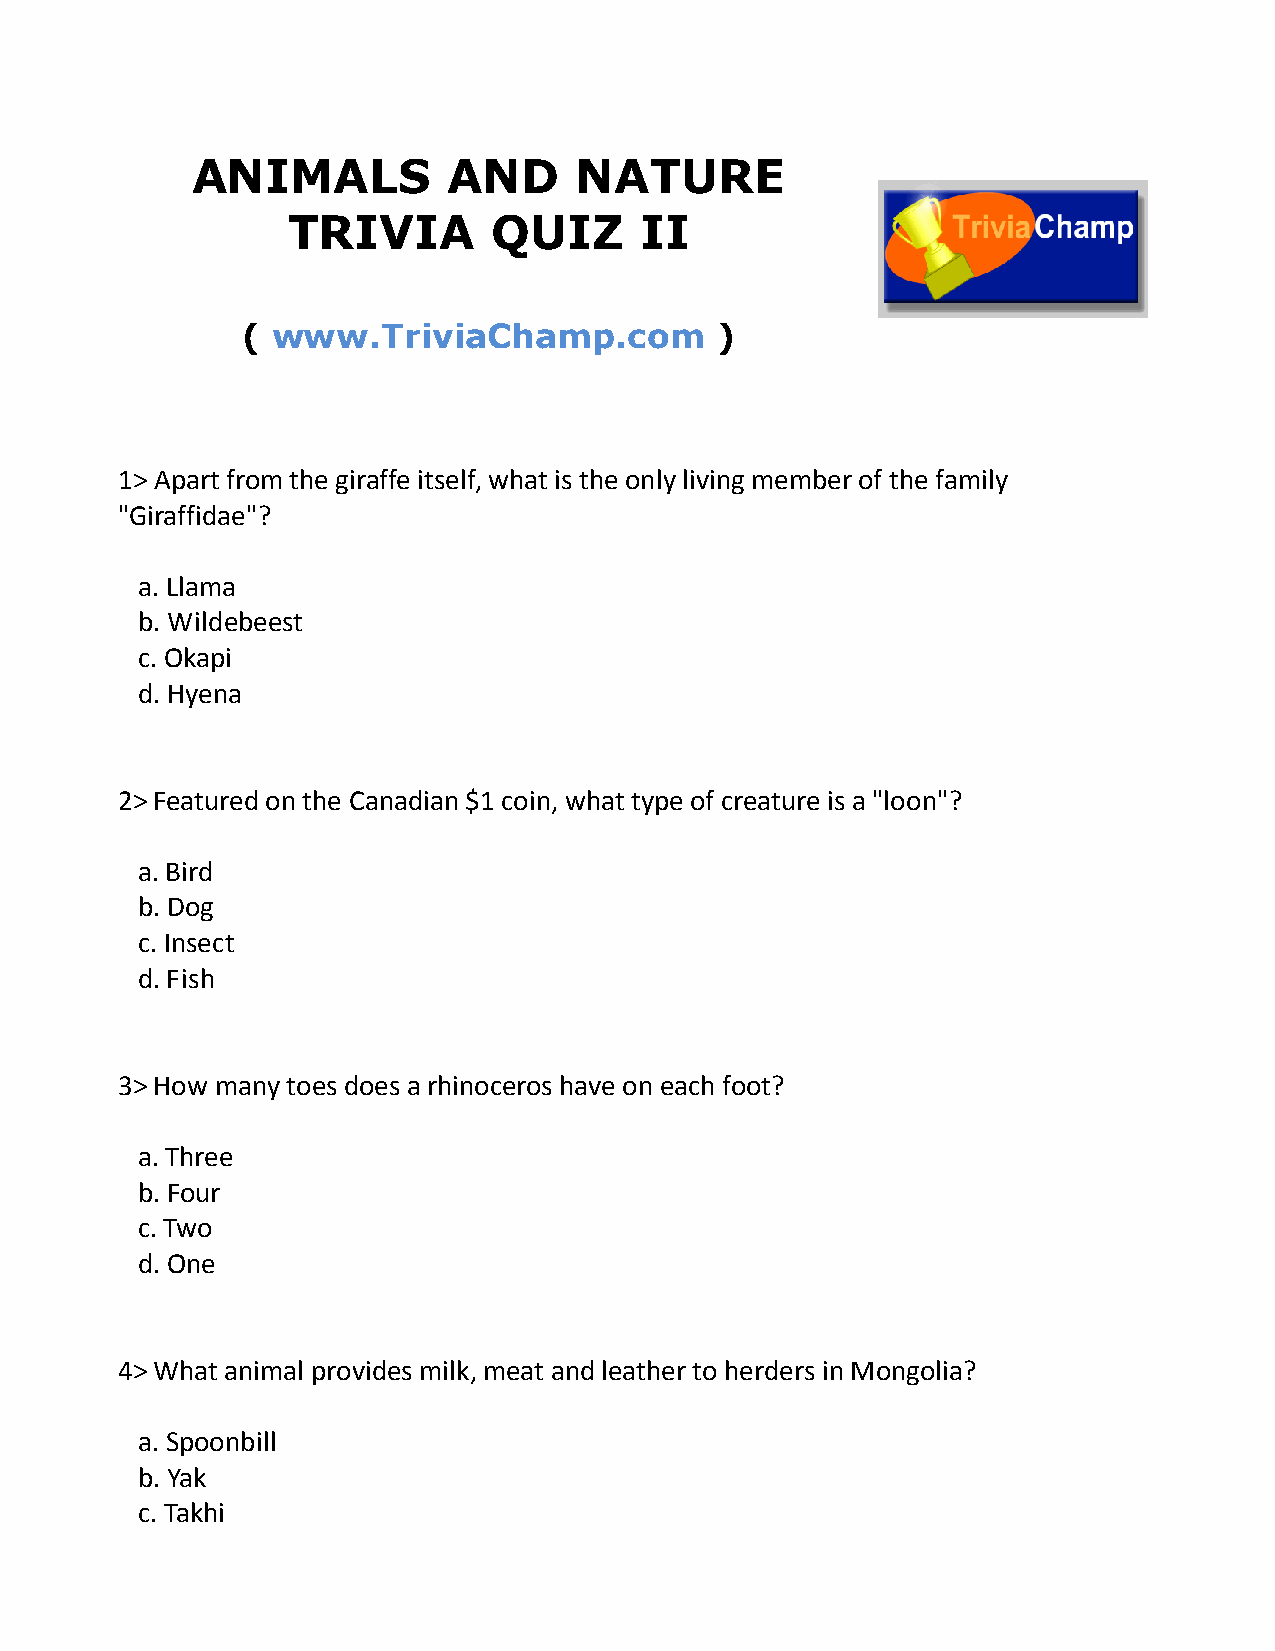
ANIMALS          AND     NATURE
 TRIVIA        QUIZ     II
 ( www.TriviaChamp.com          )
 1> Apart from the giraffe itself, what is the only living member of the family
 "Giraffidae"?
 a. Llama
 b. Wildebeest
 c. Okapi
 d. Hyena
 2> Featured on the Canadian $1 coin, what type of creature is a "loon"?
 a. Bird
 b. Dog
 c. Insect
 d. Fish
 3> How many toes does a rhinoceros have on each foot?
 a. Three
 b. Four
 c. Two
 d. One
 4> What animal provides milk, meat and leather to herders in Mongolia?
 a. Spoonbill
 b. Yak
 c. Takhi